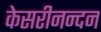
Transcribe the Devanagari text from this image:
केसरीनन्दन